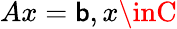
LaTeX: Ax=\mathsf{b},x\inC